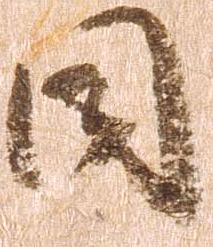
同